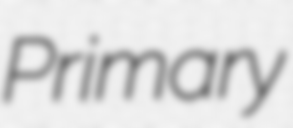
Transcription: Primary